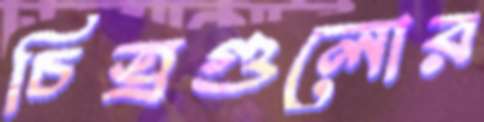
চিত্রগুলোর